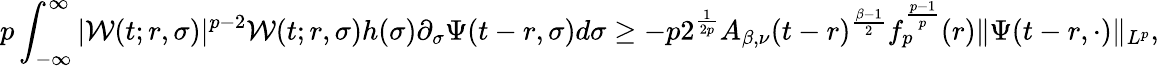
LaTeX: p\int_{-\infty}^{\infty}|\mathcal{W}(t;r,\sigma)|^{p-2}\mathcal{W}(t;r,\sigma)h(\sigma)\partial_{\sigma}\Psi(t-r,\sigma)d\sigma\geq-p2^{\frac{1}{2p}}A_{\beta,\nu}(t-r)^{\frac{\beta-1}{2}}f_{p}^{\frac{p-1}{p}}(r)\| \Psi(t-r,\cdot)\| _{L^{p}},